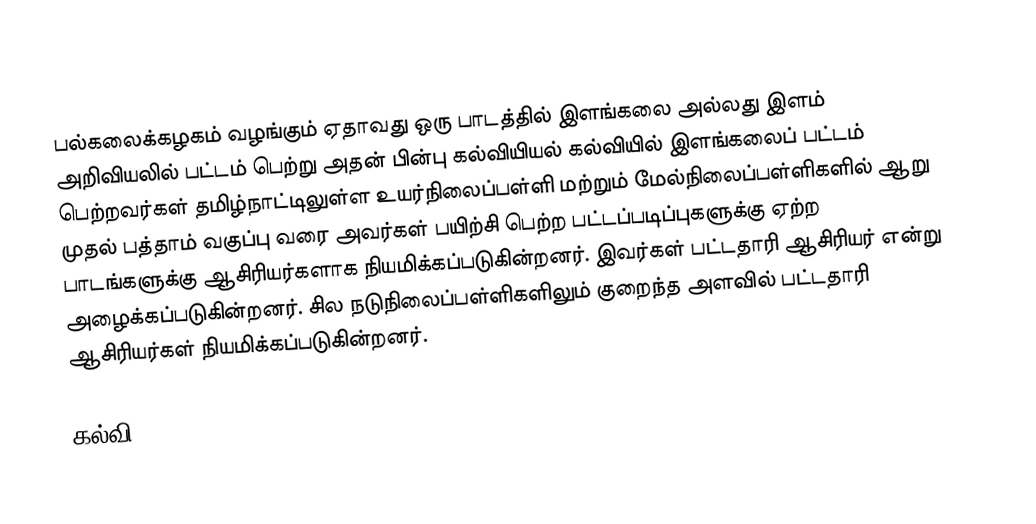
பல்கலைக்கழகம் வழங்கும் ஏதாவது ஒரு பாடத்தில் இளங்கலை அல்லது இளம் அறிவியலில் பட்டம் பெற்று அதன் பின்பு கல்வியியல் கல்வியில் இளங்கலைப் பட்டம் பெற்றவர்கள் தமிழ்நாட்டிலுள்ள  உயர்நிலைப்பள்ளி மற்றும் மேல்நிலைப்பள்ளிகளில் ஆறு முதல் பத்தாம் வகுப்பு வரை அவர்கள் பயிற்சி பெற்ற பட்டப்படிப்புகளுக்கு ஏற்ற பாடங்களுக்கு ஆசிரியர்களாக நியமிக்கப்படுகின்றனர். இவர்கள் பட்டதாரி ஆசிரியர் என்று அழைக்கப்படுகின்றனர். சில நடுநிலைப்பள்ளிகளிலும் குறைந்த அளவில் பட்டதாரி ஆசிரியர்கள் நியமிக்கப்படுகின்றனர்.

கல்வி